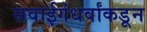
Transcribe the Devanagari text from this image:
सवाईगंधर्वांकडून